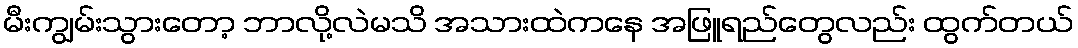
မီးကျွမ်းသွားတော့ ဘာလို့လဲမသိ အသားထဲကနေ အဖြူရည်တွေလည်း ထွက်တယ်